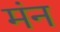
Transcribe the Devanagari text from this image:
मंन